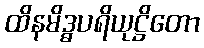
ထိနမိဒ္ဓပရိယုဋ္ဌိတော